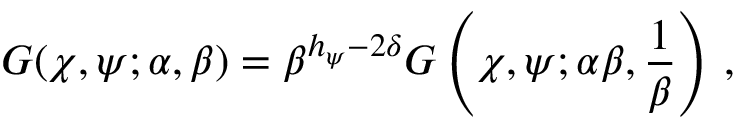
G ( \chi , \psi ; \alpha , \beta ) = \beta ^ { h _ { \psi } - 2 \delta } G \left( \chi , \psi ; \alpha \beta , { \frac { 1 } { \beta } } \right) \, ,